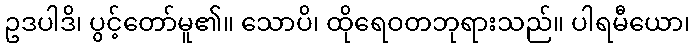
ဥဒပါဒိ၊ ပွင့်တော်မူ၏။ သောပိ၊ ထိုရေဝတဘုရားသည်။ ပါရမီယော၊